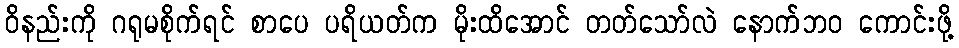
ဝိနည်းကို ဂရုမစိုက်ရင် စာပေ ပရိယတ်က မိုးထိအောင် တတ်သော်လဲ နောက်ဘဝ ကောင်းဖို့